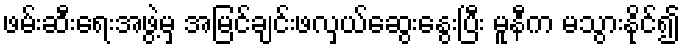
ဖမ်းဆီးရေးအဖွဲ့မှ အမြင်ချင်းဖလှယ်ဆွေးနွေးပြီး မူနီက မသွားနိုင်၍